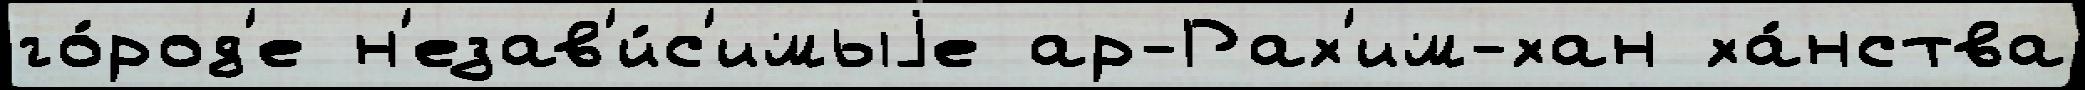
го́род'е н'езав'и́с'имыjе ар-Рах'им-хан ха́нства